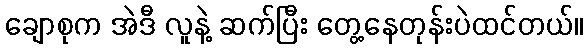
ချောစုက အဲဒီ လူနဲ့ ဆက်ပြီး တွေ့နေတုန်းပဲထင်တယ်။